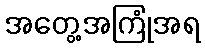
အတွေ့အကြုံအရ